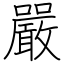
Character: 嚴